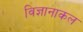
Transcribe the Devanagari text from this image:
विज्ञानाकल